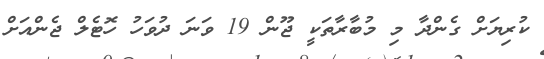
ކުރިޔަށް ގެންދާ މި މުބާރާތަކީ ޖޫން 19 ވަނަ ދުވަހު ހޮޓެލް ޖެންއަށް